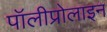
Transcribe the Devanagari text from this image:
पॉलीप्रोलाइन